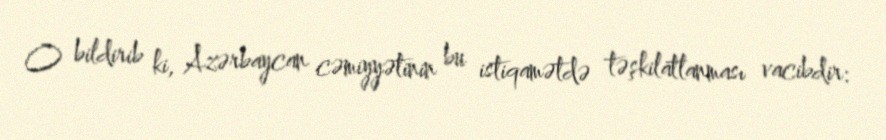
O bildirib ki, Azərbaycan cəmiyyətinin bu istiqamətdə təşkilatlanması vacibdir: